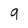
Character: 9